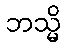
ဘသ္မိ